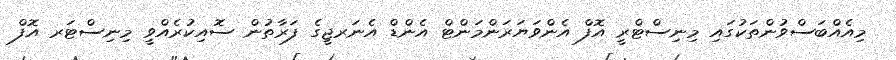
މިއެއްބަސްވުންތަކުގައި މިނިސްޓްރީ އޮފް އެންވަޔަރަންމަންޓް އެންޑް އެނަރޖީގެ ފަރާތުން ސޮއިކުރެއްވީ މިނިސްޓަރ އޮފް